Leaving Certificate Examination (including Day School Certificate (Higher) General paper), 1928
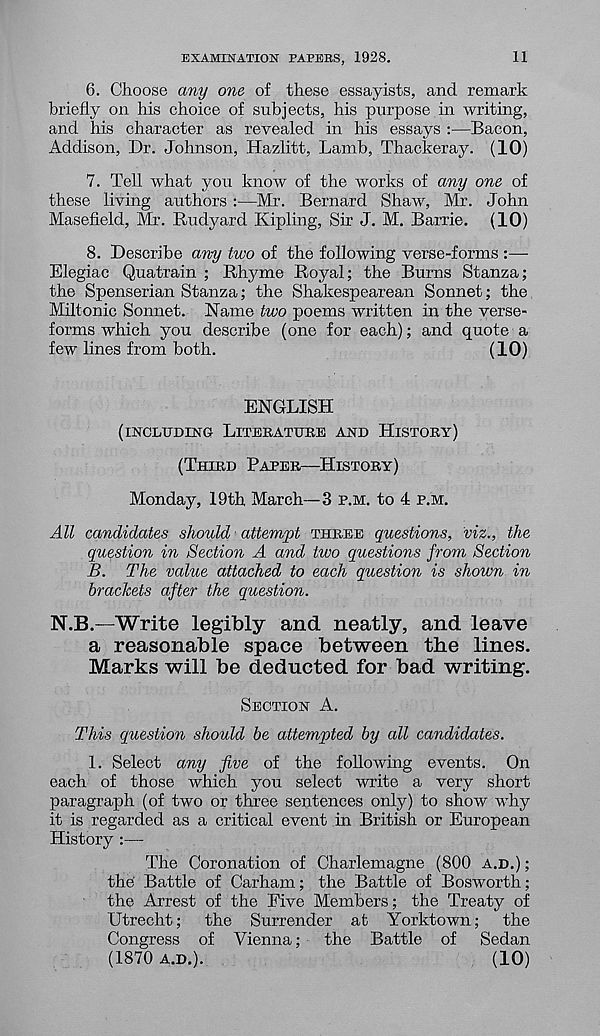
EXAMINATION PAPERS, 1928.
11
6. Choose any one of these essayists, and remark
briefly on his choice of subjects, his purpose in writing,
and his character as revealed in his essays :—Bacon,
Addison, Dr. Johnson, Hazlitt, Lamb, Thackeray. (10)
7. Tell what you know of the works of any one of
these living authors :—Mr. Bernard Shaw, Mr. John
Masefield, Mr. Rudyard Kipling, Sir J. M. Barrie. (10)
8. Describe any two of the following verse-forms :—-
Elegiac Quatrain ; Rhyme Royal; the Burns Stanza;
the Spenserian Stanza; the Shakespearean Sonnet; the
Miltonic Sonnet. Name two poems written in the verse-
forms which you describe (one for each); and quote a
few lines from both.
(10)
ENGLISH
(INCLUDING LITERATURE AND HISTORY)
(THIRD PAPER—HISTORY)
Monday, 19th March—3 P.M. to 4 P.M.
All candidates should 1 attempt THREE questions, viz., the
question in Section A and two questions from Section
B. The value attached to each question is shown in
brackets after the question.
N.B.—Write legibly and neatly, and leave
a reasonable space between the lines.
Marks will be deducted for bad writing.
SECTION A.
This question should be attempted by all candidates.
1. Select any five of the following events. On
each of those which you select write a very short
paragraph (of two or three sentences only) to show why
it is regarded as a critical event in British or European
History :—
The Coronation of Charlemagne (800 A.D.) ;
the Battle of Carham; the Battle of Bosworth;
the Arrest of the Five Members; the Treaty of
Utrecht; the Surrender at Yorktown; the
Congress of Vienna; the Battle of Sedan
(1870 A.D.).
(10)